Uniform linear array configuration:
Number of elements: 64
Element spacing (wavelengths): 1
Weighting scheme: exponential
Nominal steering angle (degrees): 15
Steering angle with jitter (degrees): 14.779
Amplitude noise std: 0.05
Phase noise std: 0.05

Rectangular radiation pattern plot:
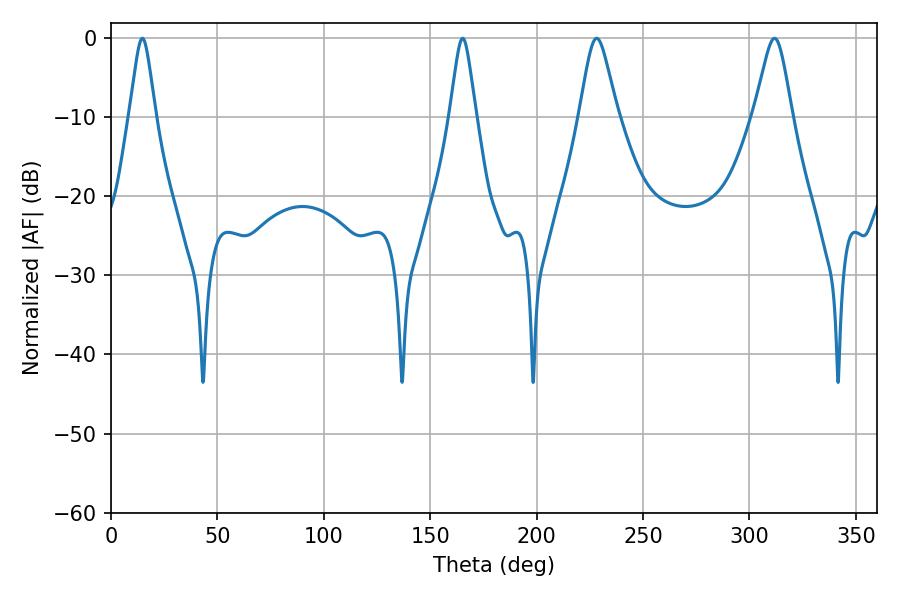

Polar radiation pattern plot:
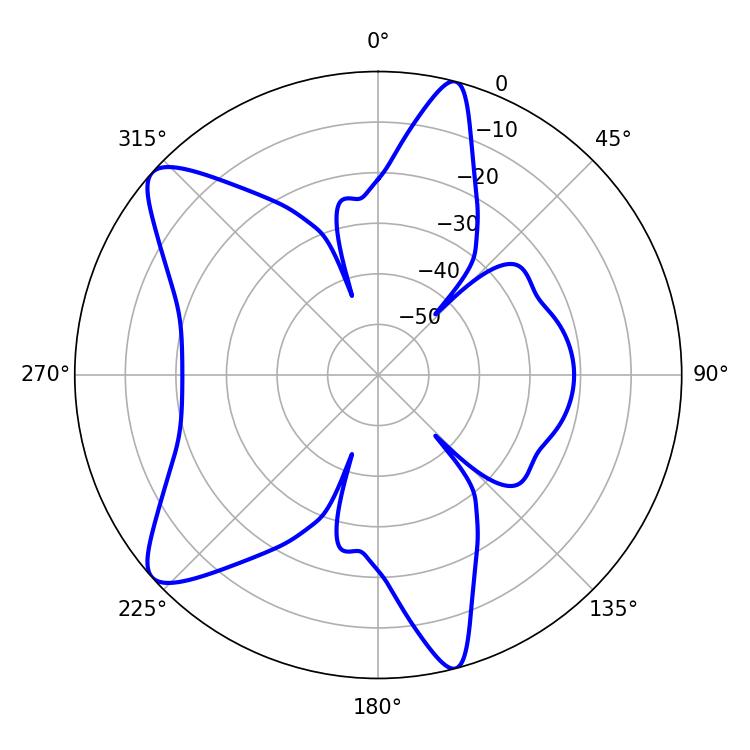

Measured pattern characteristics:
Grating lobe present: TRUE
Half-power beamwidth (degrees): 5.76
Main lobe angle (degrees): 14.76